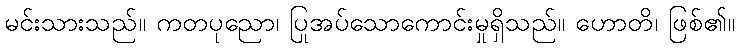
မင်းသားသည်။ ကတပုညော၊ ပြုအပ်သောကောင်းမှုရှိသည်။ ဟောတိ၊ ဖြစ်၏။